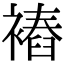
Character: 𧜧